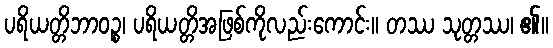
ပရိယတ္တိဘာဝဉ္စ၊ ပရိယတ္တိအဖြစ်ကိုလည်းကောင်း။ တဿ သုတ္တဿ၊ ၏။